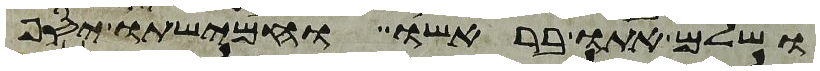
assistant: ושלם אתו בראשו וחמישתו יסף